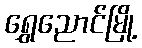
ရွှေညောင်မြို့